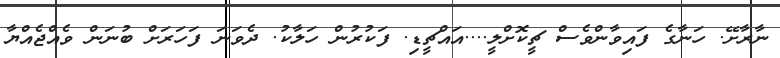
ނާރާށޭ. ހަނާގެ ފައިވާންވެސް ޗީކޮށްލީ....އައްޗީޑި. ފަކުރުން ހަލާކު. ދެވަނަ ފަހަރަށް ބުނަން ވެއްޖެއްޔާ